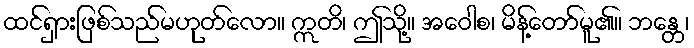
ထင်ရှားဖြစ်သည်မဟုတ်လော။ ဣတိ၊ ဤသို့။ အဝေါစ၊ မိန့်တော်မူ၏။ ဘန္တေ၊